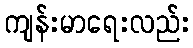
ကျန်းမာရေးလည်း